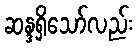
ဆန္ဒရှိသော်လည်း